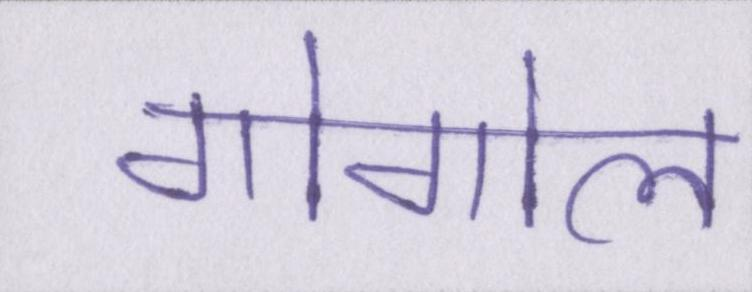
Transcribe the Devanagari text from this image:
गोगोल